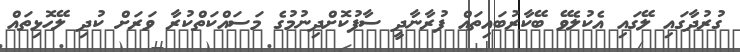
ގުރުދާގައި ލޭގައި އެކުލެވޭ ބޭކާރުބައިތައް ފުރާނާދީ ސާފުކޮށްދިނުމުގެ މަސައްކަތްކުރާ ވަރަށް ކުދި ލޭހޮޅިތައް